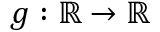
g : { \mathbb { R } } \rightarrow { \mathbb { R } }